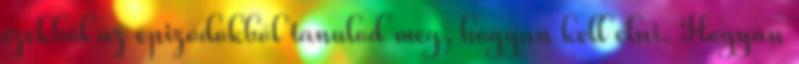
ezekből az epizódokból tanulod meg, hogyan kell élni. Hogyan